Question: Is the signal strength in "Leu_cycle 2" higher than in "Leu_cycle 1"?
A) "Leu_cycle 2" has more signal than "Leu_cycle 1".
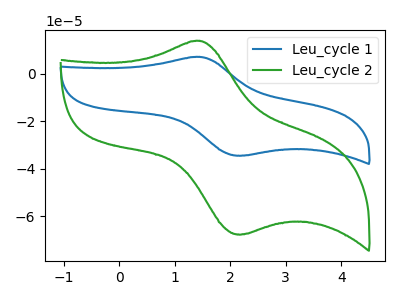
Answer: <think>The blue curve "Leu_cycle 1" has an anodic peak at (1.45V, 7.00uA) and a cathodic peak at (2.20V, -34.50uA). The green curve "Leu_cycle 2" has an anodic peak at (1.45V, 13.75uA) and a cathodic peak at (2.20V, -67.60uA).
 All the peaks in "Leu_cycle 2" have a peak in "Leu_cycle 1" at the same potential. Every peak in "Leu_cycle 2" is higher than every peak in "Leu_cycle 1".</think>
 <answer>A) "Leu_cycle 2" has more signal than "Leu_cycle 1".</answer>
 <eval>A</eval>